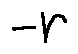
- r